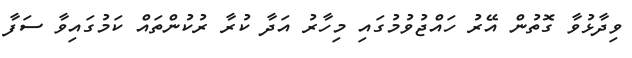
ވިދާޅުވާ ގޮތުން އޭރު ހައްޖުވުމުގައި މިހާރު އަދާ ކުރާ ރުކުންތައް ކަމުގައިވާ ސަފާ